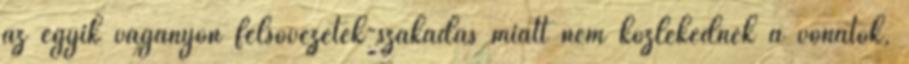
az egyik vágányon felsővezeték-szakadás miatt nem közlekednek a vonatok,